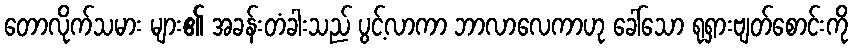
တောလိုက်သမား များ၏ အခန်းတံခါးသည် ပွင့်လာကာ ဘာလာလေကာဟု ခေါ်သော ရုရှားဗျတ်စောင်းကို